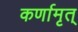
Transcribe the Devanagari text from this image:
कर्णामृत्